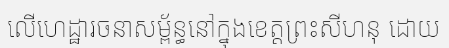
លើហេដ្ឋារចនាសម្ព័ន្ធនៅក្នុងខេត្តព្រះសីហនុ ដោយ